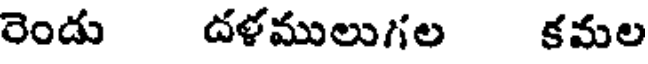
రెండు దళములుగల కమల